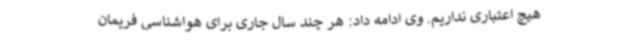
هیچ اعتباری نداریم. وی ادامه داد: هر چند سال جاری برای هواشناسی فریمان